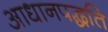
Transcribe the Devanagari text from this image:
आधानपद्धति